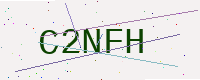
Text: C2NFH